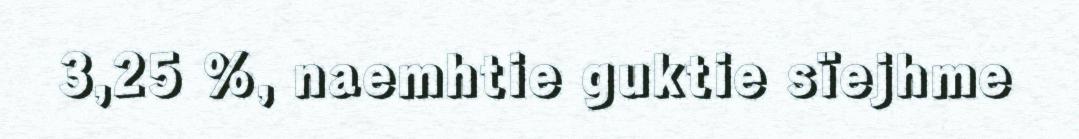
3,25 %, naemhtie guktie sïejhme